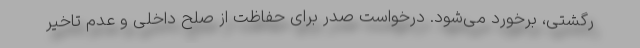
رگشتی، برخورد می‌شود. درخواست صدر برای حفاظت از صلح داخلی و عدم تاخیر